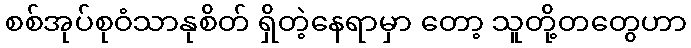
စစ်အုပ်စုဝံသာနုစိတ် ရှိတဲ့နေရာမှာ တော့ သူတို့တတွေဟာ